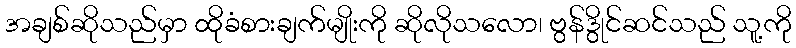
အချစ်ဆိုသည်မှာ ထိုခံစားချက်မျိုးကို ဆိုလိုသလော၊ ဗွန်ဒွိုင်ဆင်သည် သူ့ကို